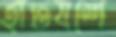
হাতযশে